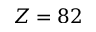
Z = 8 2